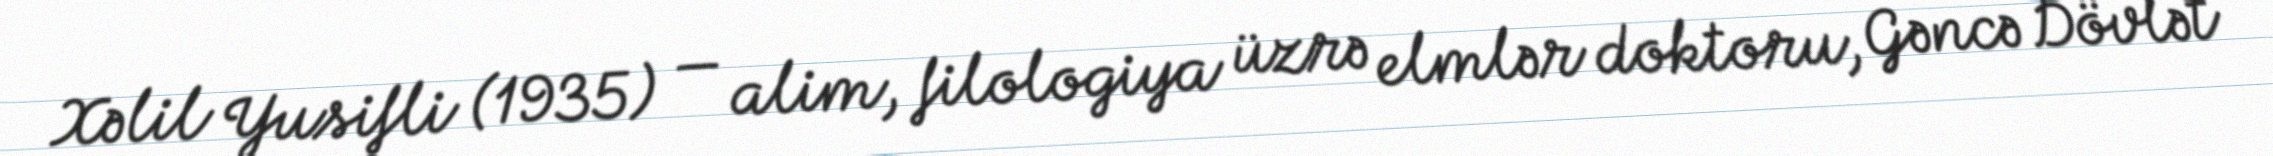
Xəlil Yusifli (1935) — alim, filologiya üzrə elmlər doktoru, Gəncə Dövlət